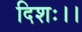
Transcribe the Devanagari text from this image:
दिशः।।